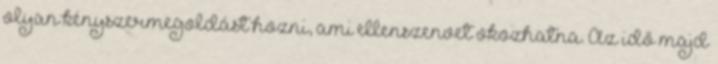
olyan kényszermegoldást hozni, ami ellenszenvet okozhatna. Az idő majd